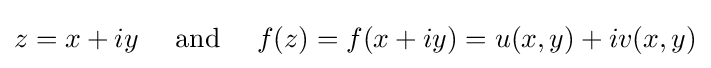
z=x+iy\quad {\text{ and }}\quad f(z)=f(x+iy)=u(x,y)+iv(x,y)